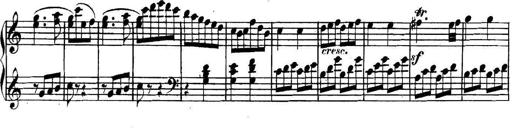
Title: Collected Piano Sonatas
Composer: Muzio Clementi